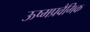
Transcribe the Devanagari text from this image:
ऊष्मप्रवैगिक